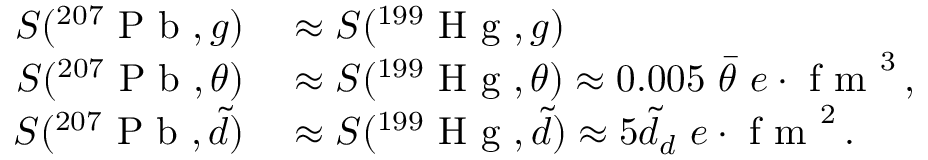
\begin{array} { r l } { S ( ^ { 2 0 7 } \mathrm { ~ P ~ b ~ } , g ) } & { { } \approx S ( ^ { 1 9 9 } \mathrm { ~ H ~ g ~ } , g ) } \\ { S ( ^ { 2 0 7 } \mathrm { ~ P ~ b ~ } , \theta ) } & { { } \approx S ( ^ { 1 9 9 } \mathrm { ~ H ~ g ~ } , \theta ) \approx 0 . 0 0 5 \ \bar { \theta } \ e \cdot \mathrm { ~ f ~ m ~ } ^ { 3 } \, , } \\ { S ( ^ { 2 0 7 } \mathrm { ~ P ~ b ~ } , \tilde { d } ) } & { { } \approx S ( ^ { 1 9 9 } \mathrm { ~ H ~ g ~ } , \tilde { d } ) \approx 5 \tilde { d } _ { d } \ e \cdot \mathrm { ~ f ~ m ~ } ^ { 2 } \, . } \end{array}